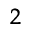
_ { 2 }